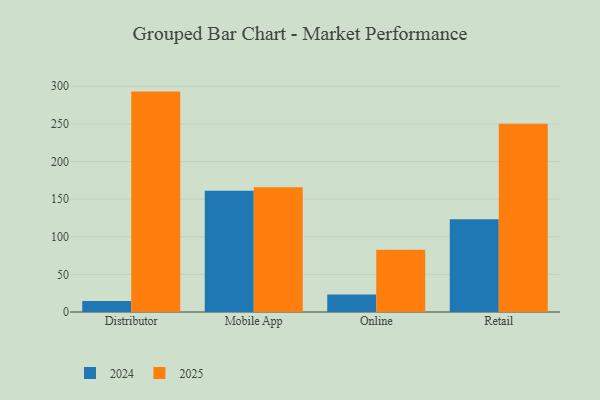
{"axis": {"x": "Channel", "y": "Budget (USD K)"}, "legend": ["2024", "2025"], "data": [{"x": "Distributor", "y": 14.6, "type": "2024"}, {"x": "Distributor", "y": 292.9, "type": "2025"}, {"x": "Mobile App", "y": 161.2, "type": "2024"}, {"x": "Mobile App", "y": 165.9, "type": "2025"}, {"x": "Online", "y": 23.4, "type": "2024"}, {"x": "Online", "y": 82.7, "type": "2025"}, {"x": "Retail", "y": 123.2, "type": "2024"}, {"x": "Retail", "y": 250.1, "type": "2025"}]}